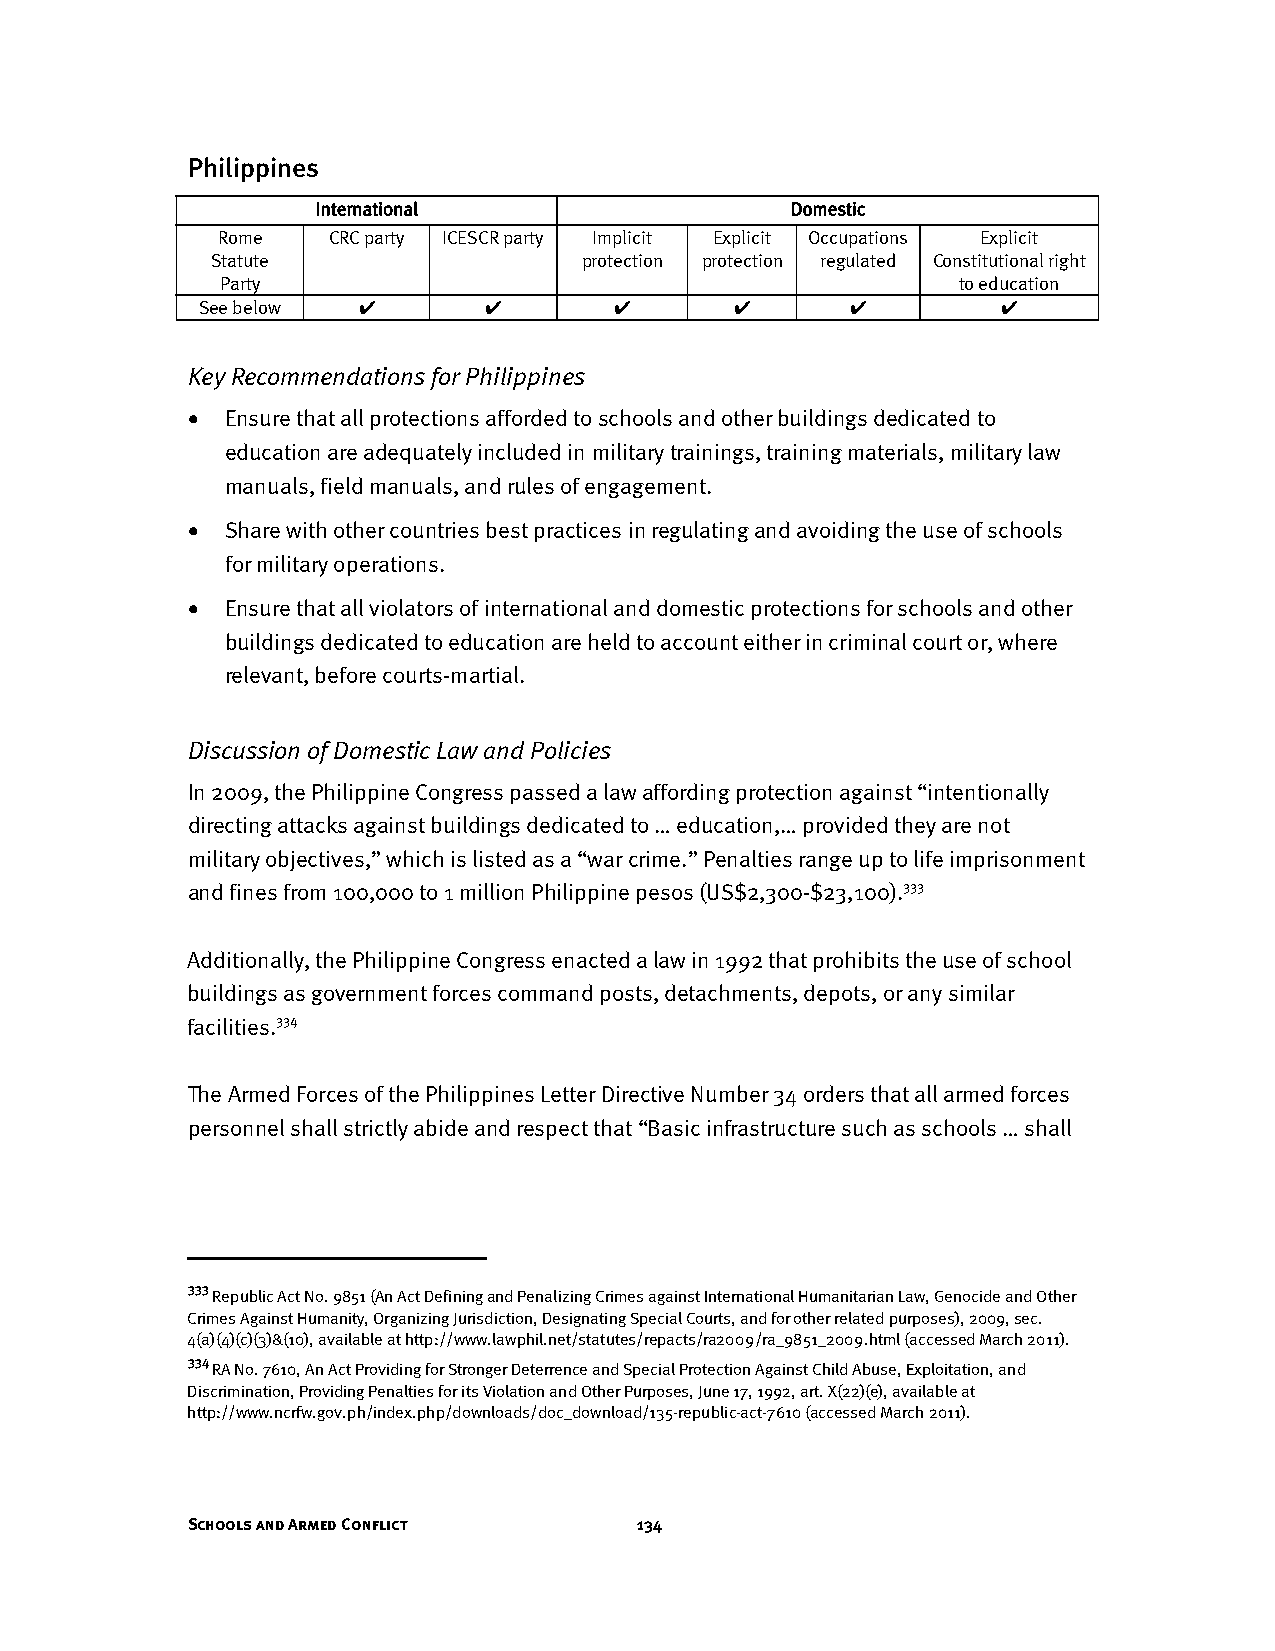
Philippines
 International                  Domestic
 Rome    CRC party ICESCR party Implicit Explicit Occupations Explicit
 Statute                  protection protection regulated Constitutional right
 Party                                           to education
 See below  ✔       ✔        ✔       ✔      ✔         ✔
 Key Recommendations for Philippines
 •  Ensure that all protections afforded to schools and other buildings dedicated to
 education are adequately included in military trainings, training materials, military law
 manuals, field manuals, and rules of engagement.
 •  Share with other countries best practices in regulating and avoiding the use of schools
 for military operations.
 •  Ensure that all violators of international and domestic protections for schools and other
 buildings dedicated to education are held to account either in criminal court or, where
 relevant, before courts-martial.
 Discussion of Domestic Law and Policies
 In 2009, the Philippine Congress passed a law affording protection against “intentionally
 directing attacks against buildings dedicated to … education,… provided they are not
 military objectives,” which is listed as a “war crime.” Penalties range up to life imprisonment
 and fines from 100,000 to 1 million Philippine pesos (US$2,300-$23,100).333
 Additionally, the Philippine Congress enacted a law in 1992 that prohibits the use of school
 buildings as government forces command posts, detachments, depots, or any similar
 facilities.334
 The Armed Forces of the Philippines Letter Directive Number 34 orders that all armed forces
 personnel shall strictly abide and respect that “Basic infrastructure such as schools … shall
 333
 Republic Act No. 9851 (An Act Defining and Penalizing Crimes against International Humanitarian Law, Genocide and Other
 Crimes Against Humanity, Organizing Jurisdiction, Designating Special Courts, and for other related purposes), 2009, sec.
 4(a)(4)(c)(3)&(10), available at http://www.lawphil.net/statutes/repacts/ra2009/ra_9851_2009.html (accessed March 2011).
 334
 RA No. 7610, An Act Providing for Stronger Deterrence and Special Protection Against Child Abuse, Exploitation, and
 Discrimination, Providing Penalties for its Violation and Other Purposes, June 17, 1992, art. X(22)(e), available at
 http://www.ncrfw.gov.ph/index.php/downloads/doc_download/135-republic-act-7610 (accessed March 2011).
 Schools and Armed Conflict    134